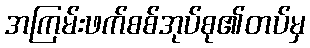
အကြမ်းဖက်စစ်အုပ်စု၏တပ်မှ